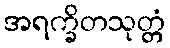
အရက္ခိတသုတ္တံ